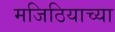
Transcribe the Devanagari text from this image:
मजिठियाच्या